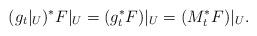
LaTeX: \begin{align*}(g_t|_U)^*F|_U=(g_t^*F)|_U=(M_t^*F)|_U.\end{align*}